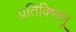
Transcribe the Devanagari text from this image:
प्रतिविषाणू